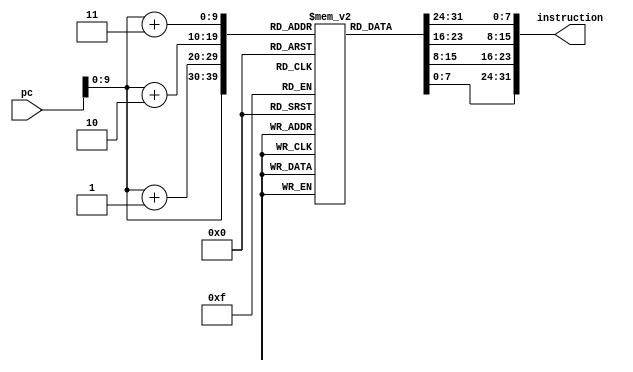
module instructionmemory(pc, instruction);

    input [31:0] pc; // change later
    
    output wire [31:0] instruction;

    reg [7:0] memfile [0:1023]; // increase memory size later

    assign instruction = {memfile[pc+3], memfile[pc+2], memfile[pc+1], memfile[pc]};
    
endmodule